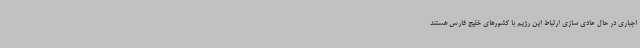
اجباری در حال عادی سازی ارتباط این رژیم با کشورهای خلیج فارس هستند